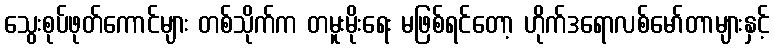
သွေးစုပ်ဖုတ်ကောင်များ တစ်သိုက်က တမူးမိုးရေး မဖြစ်ရင်တော့ ဟိုက်ဒရောလစ်မော်တာများနှင့်